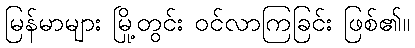
မြန်မာများ မြို့တွင်း ဝင်လာကြခြင်း ဖြစ်၏။